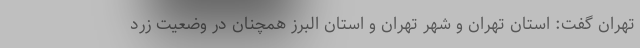
تهران گفت: استان تهران و شهر تهران و استان البرز همچنان در وضعیت زرد